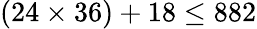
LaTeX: (24\times 36)+18\leq 882